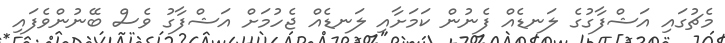
މެޗުގައި އަޝްފާގުގެ ލަނޑެއް ފެނުން ކަމަށާއި ލަނޑެއް ޖެހުމަށް އަޝްފާގު ވެސް ބޭނުންވެފައި